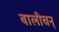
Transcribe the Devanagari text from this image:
बालीचन्